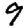
Digit: 9